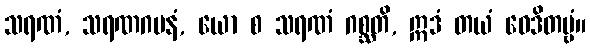
သရဏံ, သရဏဂမနံ, ယော စ သရဏံ ဂစ္ဆတိ, ဣဒံ တယံ ဝေဒိတဗ္ဗံ။